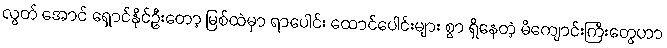
လွတ် အောင် ရှောင်နိုင်ဦးတော့ မြစ်ထဲမှာ ရာပေါင်း ထောင်ပေါင်းများ စွာ ရှိနေတဲ့ မိကျောင်းကြီးတွေဟာ